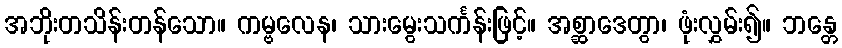
အဘိုးတသိန်းတန်သော။ ကမ္ဗလေန၊ သားမွေးသင်္ကန်းဖြင့်။ အစ္ဆာဒေတွာ၊ ဖုံးလွှမ်း၍။ ဘန္တေ